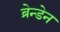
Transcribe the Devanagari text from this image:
ब्रेन्डेन